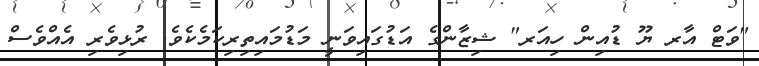
"ވަޓް އާރ ޔޫ ޑުއިން ހިއަރ" ޝިޒާންގެ އަޑުގައިވަނީ މަޑުމައިތިރިކަމެކެވެ. ރުޅިވެރި އެއްވެސް